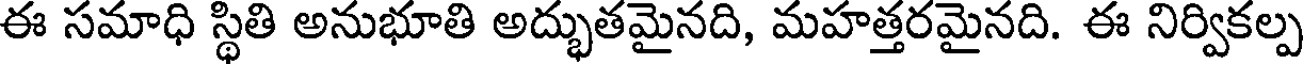
ఈ సమాధి స్థితి అనుభూతి అద్భుతమైనది, మహత్తరమైనది. ఈ నిర్వికల్ప